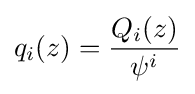
q_{i}(z)={\frac {Q_{i}(z)}{\psi ^{i}}}